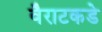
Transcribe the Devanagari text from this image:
वैराटकडे